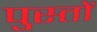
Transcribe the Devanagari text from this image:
पुस्तों